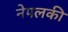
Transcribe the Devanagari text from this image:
नेपलकी